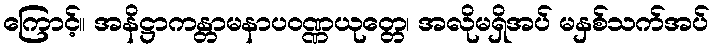
ကြောင့်။ အနိဋ္ဌာကန္တာမနာပဝဏ္ဏယုတ္တေ၊ အလိုမရှိအပ် မနှစ်သက်အပ်